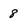
Character: 8